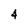
Character: 4